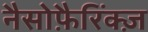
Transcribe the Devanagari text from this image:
नैसोफ़ैरिंक्ज़